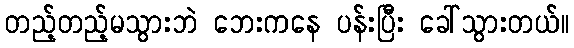
တည့်တည့်မသွားဘဲ ဘေးကနေ ပန်းပြီး ခေါ်သွားတယ်။